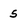
Character: 5